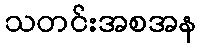
သတင်းအစအန